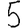
Digit: 5